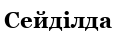
Сейділда